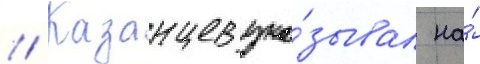
// Казанцев ука́зывал на́